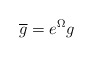
\begin{align*}\overline {g} = e^{\Omega}g \end{align*}